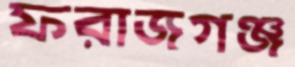
ফরাজগঞ্জ